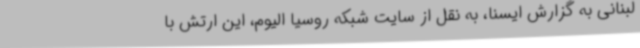
لبنانی به گزارش ایسنا، به نقل از سایت شبکه روسیا الیوم، این ارتش با